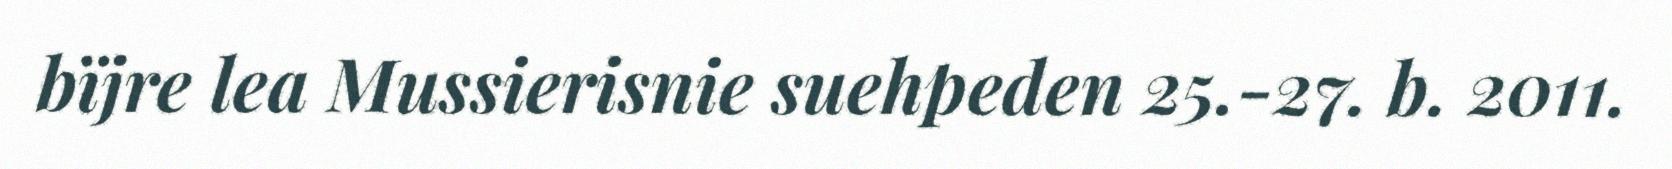
bïjre lea Mussierisnie suehpeden 25.-27. b. 2011.